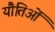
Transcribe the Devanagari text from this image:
यौतिओं